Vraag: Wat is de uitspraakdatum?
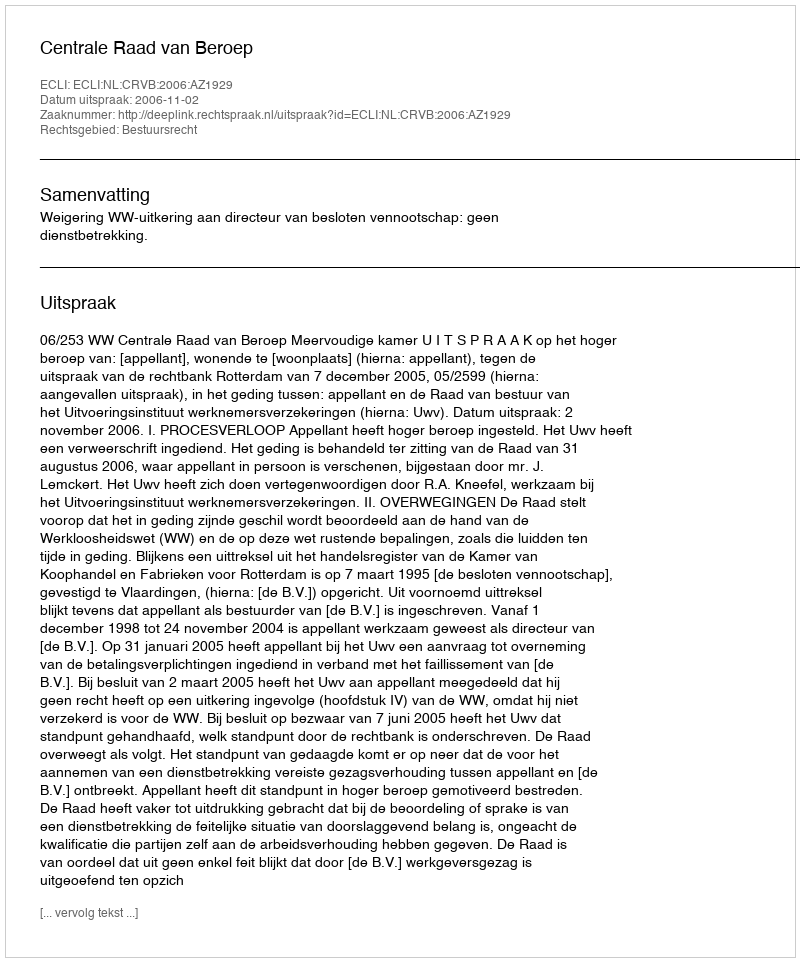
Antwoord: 2006-11-02